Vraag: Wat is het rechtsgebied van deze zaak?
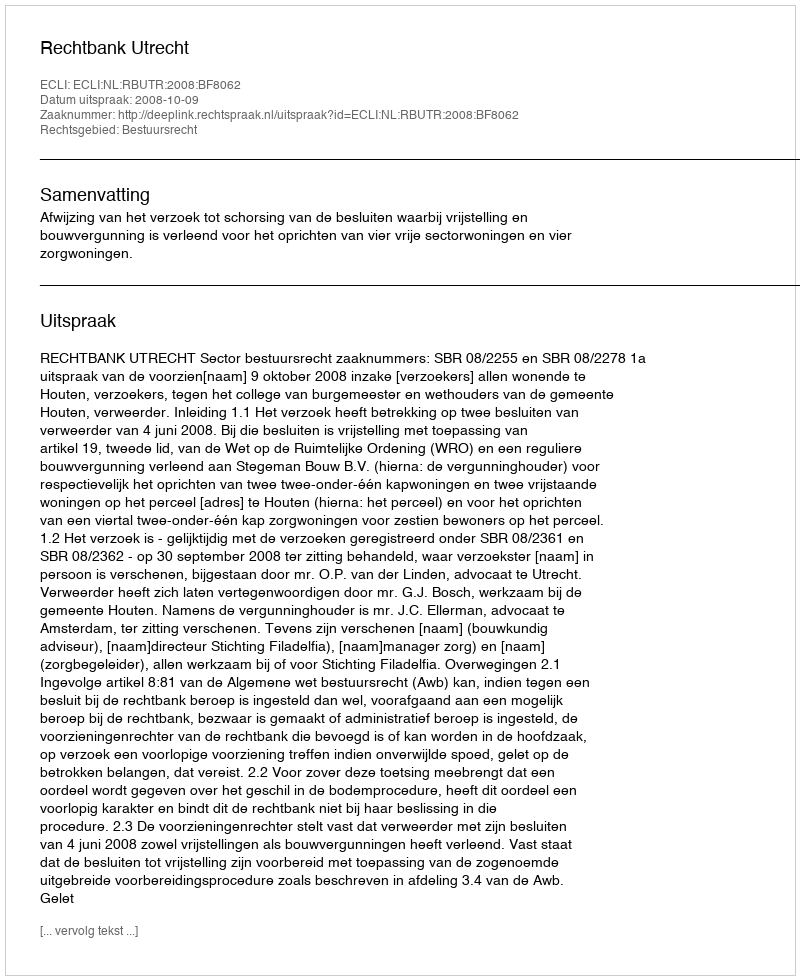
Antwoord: Bestuursrecht